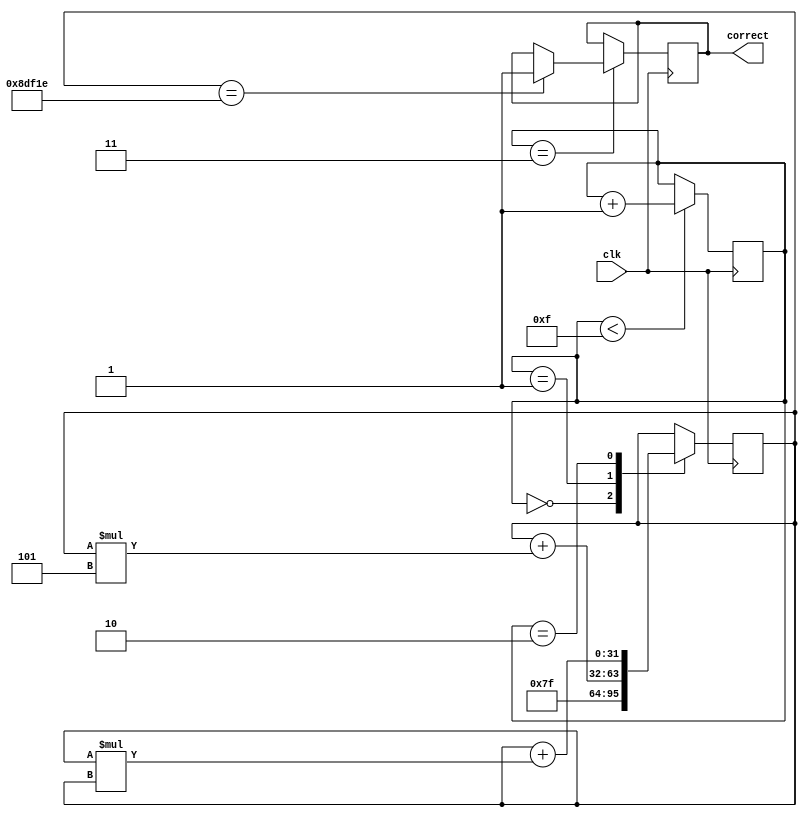
module calc(input clk, output correct);
   reg [3:0] state;
   reg [31:0] value;
   reg out_val;

   assign correct = out_val;

   initial begin
      state = 0;
      value = 0;
      out_val = 0;
   end

   always @(posedge clk)
   begin

      if(state < 15)
      begin
         state <= state + 1;
      end

      case (state)
      0: begin
         value <= 127;
      end
      1: begin
         value <= value + (value*5);
      end
      2: begin
         value <= value + (value*value);
      end
      3: begin
         if(value == 581406)
         begin
            out_val <= 1;
         end
      end
      default: begin
      end
      endcase

   end
endmodule